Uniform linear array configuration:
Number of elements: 48
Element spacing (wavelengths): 1
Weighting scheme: binomial
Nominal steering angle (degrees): -30
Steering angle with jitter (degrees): -28.741
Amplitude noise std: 0.05
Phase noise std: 0.05

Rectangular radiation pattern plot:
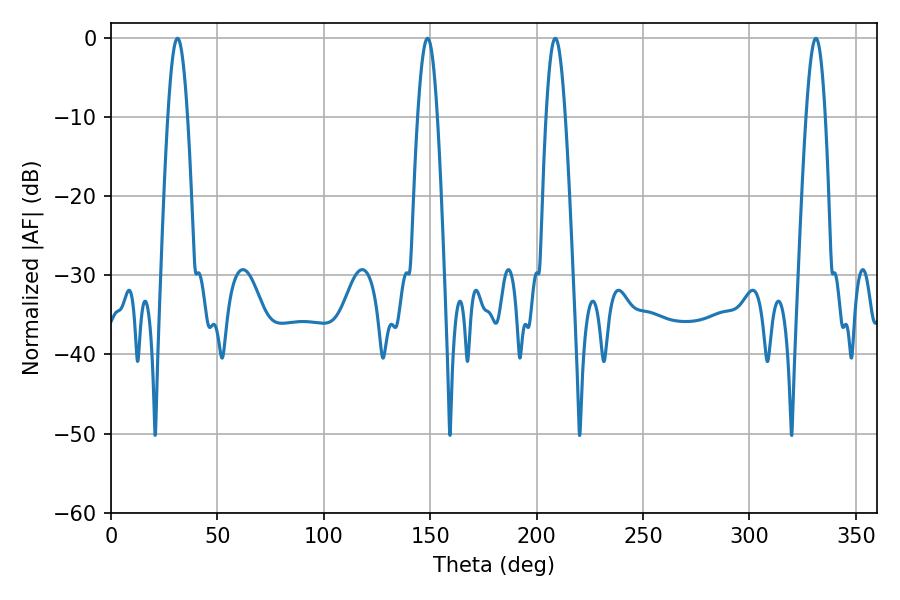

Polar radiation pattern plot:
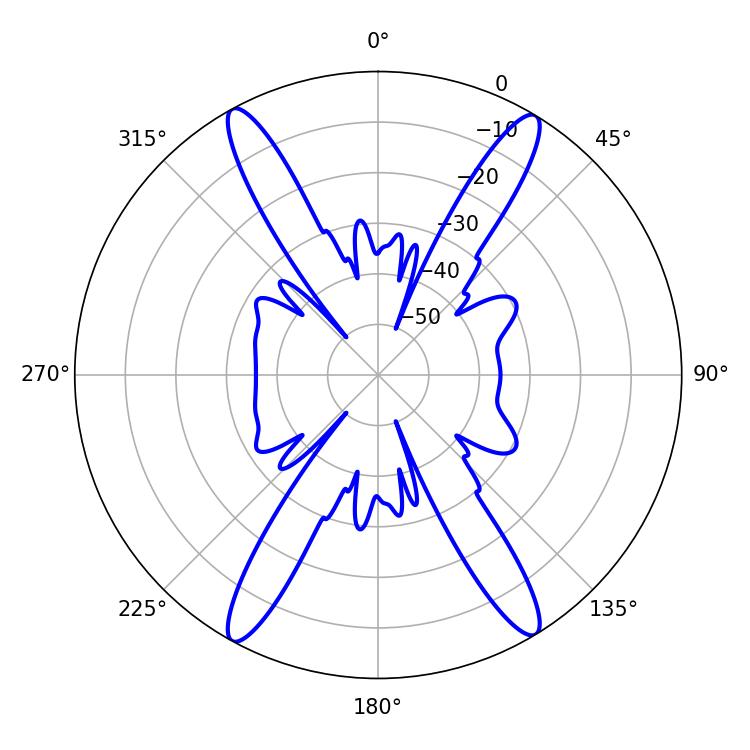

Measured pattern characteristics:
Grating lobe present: TRUE
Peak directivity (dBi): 23.295
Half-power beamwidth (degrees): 4.86
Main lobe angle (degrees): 208.8